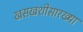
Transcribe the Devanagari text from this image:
खसखशीसारख्या